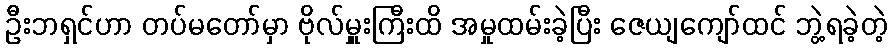
ဦးဘရှင်ဟာ တပ်မတော်မှာ ဗိုလ်မှူးကြီးထိ အမှုထမ်းခဲ့ပြီး ဇေယျကျော်ထင် ဘွဲ့ရခဲ့တဲ့